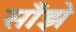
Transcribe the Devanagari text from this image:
साँझे